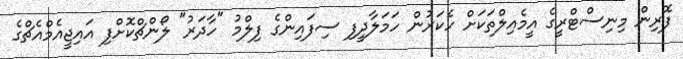
ފޮރިން މިނިސްޓްރީގެ އީމެއިލްތަކަށް ހެކަރުން ހަމަލާދީފި ސިފައިންގެ ފިލްމު "ހާދަރު" ލޯންޗްކޮށްފި އައިޖީއެމްއެޗްގެ